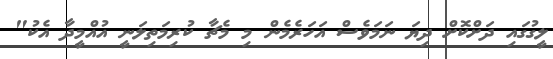
ލީގުގައި ދަށްކޮށް ދިޔަ ނަމަވެސް އަހަރެމެން މި މެޗާ ކުރިމަތިލަނީ އުއްމީދާ އެކު"